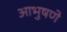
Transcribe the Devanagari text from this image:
आभुषणे